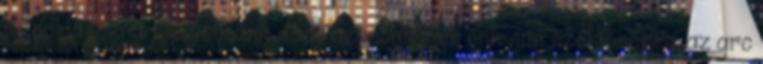
megoldásokra. Legtöbbünk arca azonban nem ennyire szélsőséges, az arc